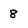
Character: 8